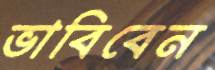
ভাবিবেন